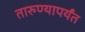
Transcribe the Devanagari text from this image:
तारुण्यापर्यंत